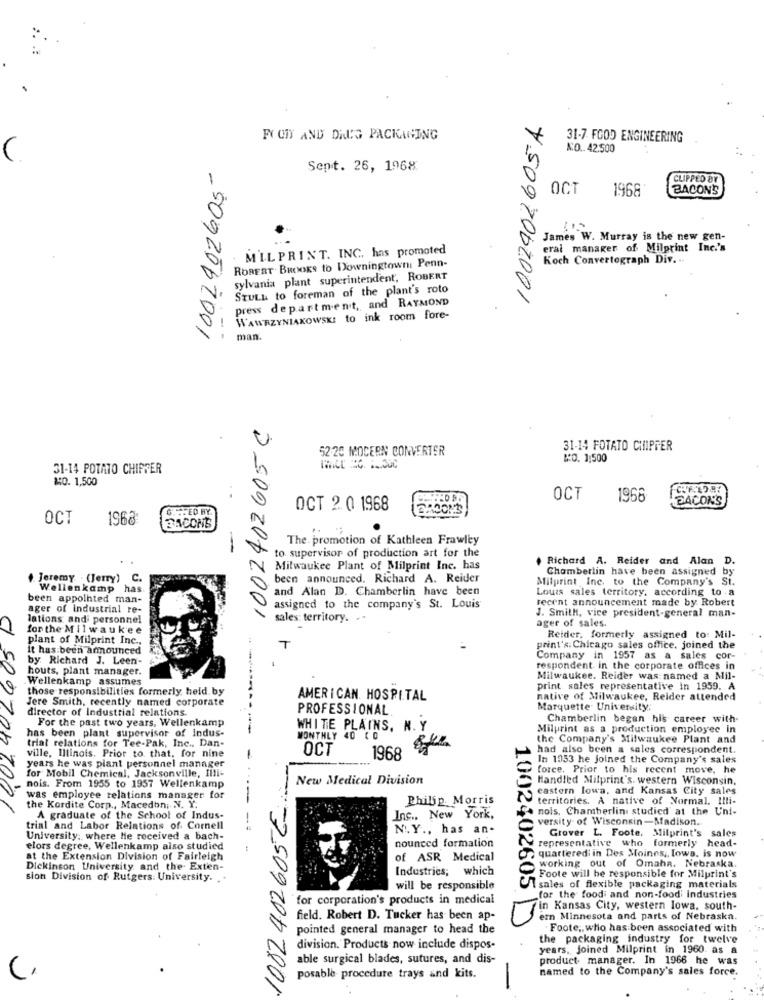
FYCHY AND DAUG PACKAGING
31-7 FOOD ENGINEERING
NO .. 42.500
Sept. 26, 1968
CLIPPED BY
OCT
1968
BACON'S
James W. Murray is the new gen-
. M'IL PRINT. INC. has promoted
eral manager of Milprint Inc.'s
ROBERT. BROOKS to Downingtown: Penn-
Koch Convertograph Div ..
sylvania plant superintendent, ROBERT
STULL to foreman of the plant's roto
press department, and RAYMOND
Y5097002001
WAWRZYNIAKOWSKI to ink room fore-
-5092067001
man.
52 .20 MOCERN CONVERTER
31-14 FOTATO CHIPPER
₡O. 1,500
31-14 POTATO CHIPPER
10. 1,500
OCT
1966
BACON'S
OCT 2 0 1968
OCT
1968
BACONE
The. promotion of Kathleen Frawley
-
to supervisor of production art for the
Richard A. Reider and Alan D.
Milwaukee Plant of Milprint Inc. has
Chamberlin have been assigned b
Jeremy . (Jerry) C.
been announced. Richard A. Reider
Milprint Inc. to the Company's St.
Wellenkamp has
and Alan D. Chamberlin have been
Louis sales territory, according to .a
been appointed man-
recent announcement made by Robert
ager of industrial re-
assigned to the company's St. Louis
lations and personnel
sales: territory. ..
J. Smith, vice president-general man-
ager of sales.
for the Milwaukee
D 50920/2001
plant of Milprint Inc .,
Reider, formerly assigned to: Mil-
It has been announced
print's: Chicago sales office, joined the
by Richard J. Leen-
Company in 1957 as a sales cor-
houts, plant manager.
-
respondent in the corporate offices in
Wellenkamp assumes
Milwaukee. Reider was: named a Mil-
those responsibilities formerly held by
print sales representative in 1959. A
Jere Smith, recently named corporate
AMERICAN. HOSPITAL
native of Milwaukee, Reider attended
director of Industrial relations.
PROFESSIONAL
Marquette University:
For the past two years, Wellenkamp
Chamberlin began his career with
WHITE PLAINS, N. Y
Milprint as a production employee in
has been plant supervisor of indus-
trial relations for Tee-Pak, Inc ., Dan-
MONTHLY 40 CO
the Company's Milwaukee Plant and
OCT
had also been a sales correspondent.
ville, Illinois. Prior to that, for nine
1968
In 1953 he joined the Company's sales
years he was plant personnel manager
for Mobil Chemical, Jacksonville, Illi-
force. Prior to his recent move, he
New Medical Division
Handled Milprint's. western Wisconsin,
nois. From 1955 to 1957 Wellenkamp
eastern lowa, and Kansas City sales
d 509706 7001
was employee relations manager for
10824026056
Philip Morris
territories. A native of Normal. Illi-
the Kordite Corp ., Macedon, N. Y.
nois, Chamberlini studied at the Uni-
A graduate of the School of Indus-
Inc ., New York,
versity of Wisconsin -Madison.
trial and Labor Relations of Cornell
N.Y ., has an-
Grover L. Foote, Milprint's sales
University: where he received a bach-
nounced formation
representative who formerly head-
elors degree, Wellenkamp also studied
quarteredi in Des Moines ,, Iowa, is now
at the Extension Division of Fairleigh
of ASR Medical
working out of Omaha, Nebraska.
Dickinson University and the. Exten-
Industries; which
sion Division of Rutgers: University.
Foote will be responsible for Milprint's
will be responsible
1002402605
sales of flexible packaging materials
for corporation's products in medical
for the food and non-food' industries
in Kansas City, western Iowa, south-
field. Robert D. Tucker has been ap-
ern Minnesota and parts of Nebraska.
pointed general manager to head the
Foote ,, who has been associated with
the packaging industry for twelve
division. Products now include dispos-
years, joined Milprint in 1960. as a
able surgical blades, sutures, and dis-
product manager. In 1966 he was
named to the Company's sales force.
posable procedure trays and kits.
-